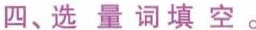
四、选量词填空。